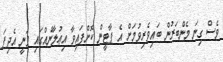
ވެސް ގިނަ މެންބަރުން ބައިވެރިވުމަށް އެ ޕާޓީން ކޮށްފައިވާ އިޢުލާނެއްގައި ވަނީ އެދިފަ